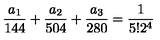
\frac { a _ { 1 } } { 1 4 4 } + \frac { a _ { 2 } } { 5 0 4 } + \frac { a _ { 3 } } { 2 8 0 } = \frac { 1 } { 5 ! 2 ^ { 4 } }